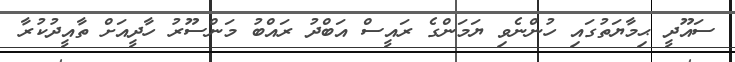
ސައޫދީ ޙިމާޔަތުގައި ހުންނެވި ޔަމަންގެ ރައީސް އަބްދު ރައްބު މަންސޫރު ހާދީއަށް ތާއީދުކުރާ